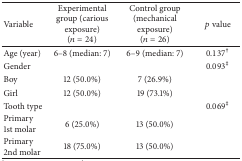
| Variable | Experimental group (carious exposure) (n = 24) | Control group (mechanical exposure) (n = 26) | p value |
 | --- | --- | --- | --- |
 | Age (year) | 6–8 (median: 7) | 6–9 (median: 7) | 0.137† |
 | Gender |  |  | 0.093‡ |
 | Boy | 12 (50.0%) | 7 (26.9%) |  |
 | Girl | 12 (50.0%) | 19 (73.1%) |  |
 | Tooth type |  |  | 0.069‡ |
 | Primary 1st molar | 6 (25.0%) | 13 (50.0%) |  |
 | Primary 2nd molar | 18 (75.0%) | 13 (50.0%) |  |